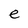
Character: e